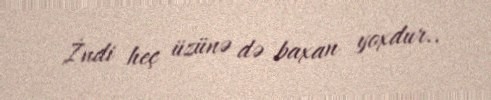
İndi heç üzünə də baxan yoxdur..